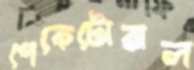
পেকেটোরাল